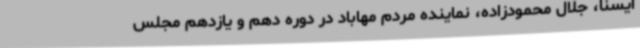
ایسنا، جلال محمودزاده، نماینده مردم مهاباد در دوره دهم و یازدهم مجلس